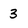
Character: 3